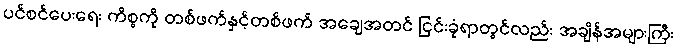
ပင်စင်ပေးရေး ကိစ္စကို တစ်ဖက်နှင့်တစ်ဖက် အချေအတင် ငြင်းခုံရာတွင်လည်း အချိန်အများကြီး